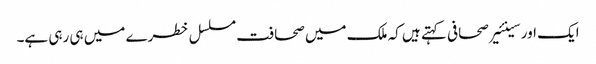
ایک اور سینئیر صحافی کہتے ہیں کہ ملک میں صحافت مسلسل خطرے میں ہی رہی ہے۔